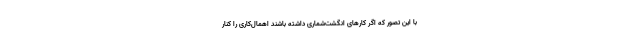
با این تصور که اگر کارهای انگشت‌شماری داشته باشند اهمال‌کاری را کنار